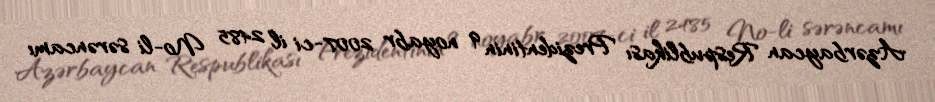
Azərbaycan Respublikası Prezidentinin 9 noyabr 2007-ci il 2485 №-li sərəncamı